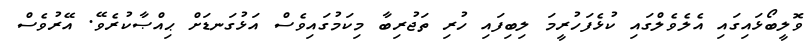
ވޮލީބޯޅައިގައި އެލެވެލްގައި ކުޅެފަހުރީމަ ލިބިފައި ހުރި ތަޖުރިބާ މިކަމުގައިވެސް އަޅުގަނޑަށް ޙިއްޞާކުރެވޭ. އޭރުވެސް